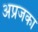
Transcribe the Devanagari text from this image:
अप्रजका